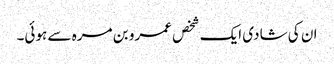
ان کی شادی ایک شخص عمرو بن مرہ سے ہوئی۔